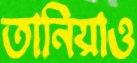
তানিয়াও